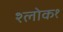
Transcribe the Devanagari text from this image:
श्लोक१